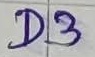
Text: D3